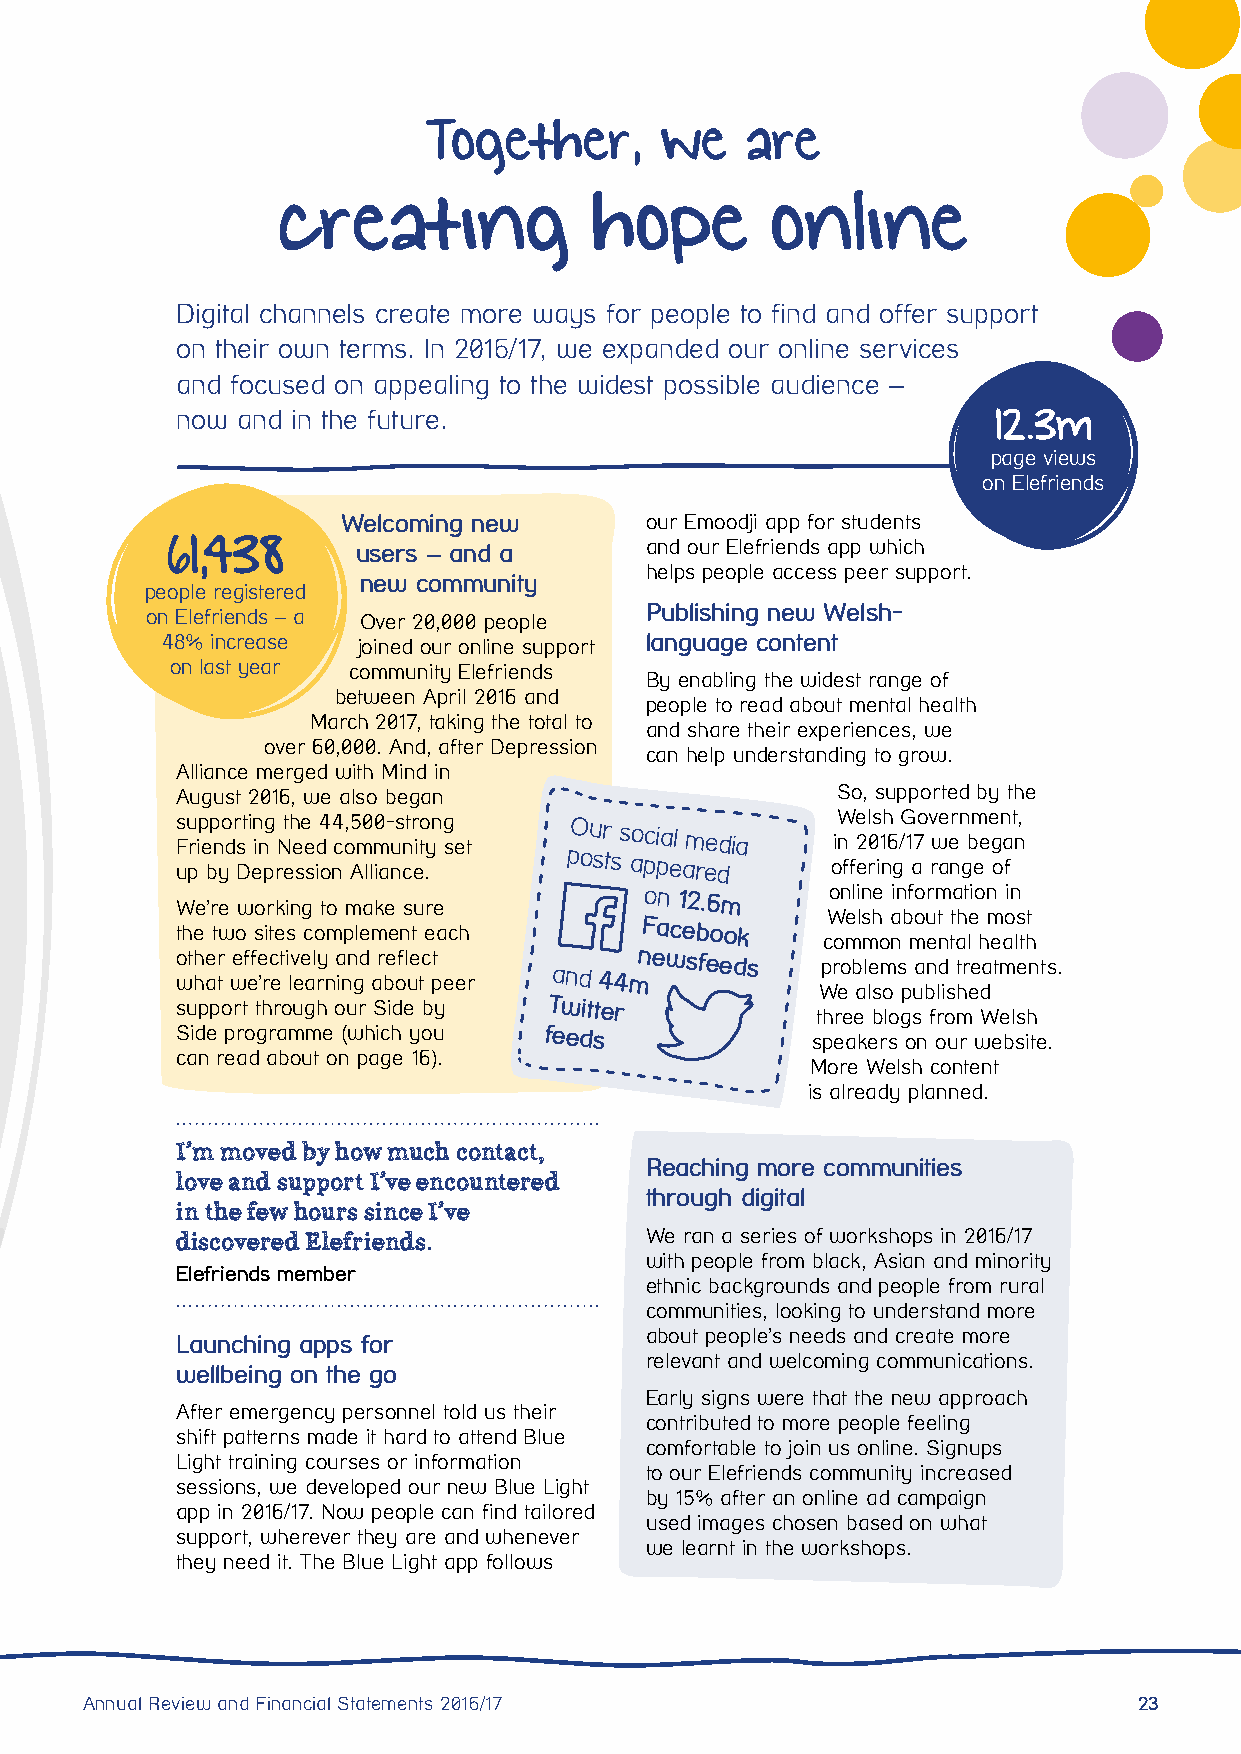
Together,       we   are
 creating             hope        online
 Digital channels create more ways for people to find and offer support
 on their own terms. In 2016/17, we expanded our online services
 and focused on appealing to the widest possible audience –
 now and in the future.                                12.3m
 page views
 on Elefriends
 Welcoming new       our Emoodji app for students
 61,438       users – and a      and our Elefriends app which
 helps people access peer support.
 new community
 people registered
 Publishing new Welsh-
 on Elefriends – a Over 20,000 people
 48% increase joined our online support language content
 on last year community Elefriends
 By enabling the widest range of
 between April 2016 and
 people to read about mental health
 March 2017, taking the total to
 and share their experiences, we
 over 60,000. And, after Depression
 can help understanding to grow.
 Alliance merged with Mind in
 August 2016, we also began                 So, supported by the
 s Fu rip ep no dr st in ing Nth ee
 e
 d4 4 c, o5 m0 m0- us ntr ito yn g
 se t
 Our social
 media
 iW
 n
 2el 0s 1h
 6
 /G 17o v we ern bm ee gn at n,
 up by Depression Alliance.
 posts
 appeared     offering a range of
 We’re working to make sure
 on 12.6m     online information in
 Welsh about the most
 the two sites complement each
 Facebook
 common mental health
 o wt hh ae tr wef efe ’rc et i lv ee al ry
 n
 a inn gd ar be ofl ue tc t
 p eer
 and
 44mn ewsfeeds
 problems and treatments.
 We also published
 support through our Side by Twitter
 three blogs from Welsh
 Side programme (which you feeds
 speakers on our website.
 can read about on page 16).
 More Welsh content
 is already planned.
 I’m moved by how much contact,
 Reaching more communities
 love and support I’ve encountered
 through digital
 in the few hours since I’ve
 We ran a series of workshops in 2016/17
 discovered Elefriends.
 with people from black, Asian and minority
 Elefriends member
 ethnic backgrounds and people from rural
 communities, looking to understand more
 Launching apps for             about people’s needs and create more
 relevant and welcoming communications.
 wellbeing on the go
 Early signs were that the new approach
 After emergency personnel told us their
 contributed to more people feeling
 shift patterns made it hard to attend Blue
 comfortable to join us online. Signups
 Light training courses or information
 to our Elefriends community increased
 sessions, we developed our new Blue Light
 by 15% after an online ad campaign
 app in 2016/17. Now people can find tailored
 used images chosen based on what
 support, wherever they are and whenever
 we learnt in the workshops.
 they need it. The Blue Light app follows
 Annual Review and Financial Statements 2016/17                        23